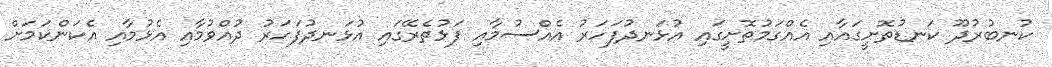
ކުނބުރުދޫ ކަނޑުތޮށީގައާއި އެއްގަމުތޮށީގައި އުޅަނދުފަހަރު އެއްސުމާއި ފަޅުތެރޭގައި އުޅަނދުފަހަރު ދުއްވުމާއި އެޅުމާއި އެކަންކަމަށް